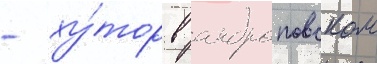
- ху́тор в андроповском